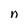
Character: n